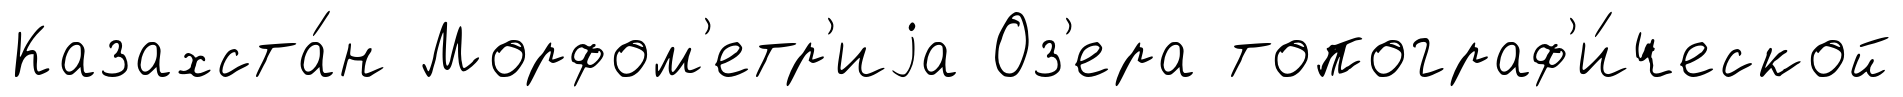
Казахста́н Морфом'етр'иjа Оз'ера топограф'и́ческой